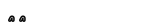
١٥